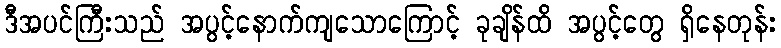
ဒီအပင်ကြီးသည် အပွင့်နောက်ကျသောကြောင့် ခုချိန်ထိ အပွင့်တွေ ရှိနေတုန်း